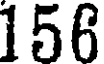
156